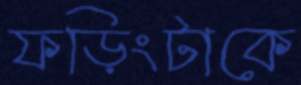
ফড়িংটাকে